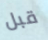
قبل